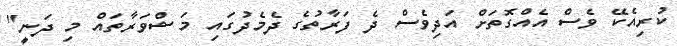
ކުރިއެކޭ ވެސް އެއްގޮތަށް އަދިވެސް ދެ ފަރާތުގެ ދެމެދުގައި މަޝްވަރާތައް މި ދަނީ"